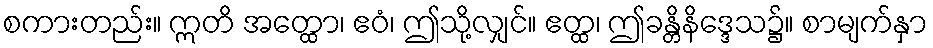
စကားတည်း။ ဣတိ အတ္ထော၊ ဧဝံ၊ ဤသို့လျှင်။ ဧတ္ထ၊ ဤခန္တိနိဒ္ဒေသ၌။ စာမျက်နှာ